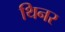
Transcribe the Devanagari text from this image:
थिनर